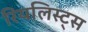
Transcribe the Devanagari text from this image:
रियलिस्ट्स